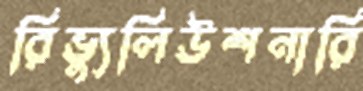
রিভ্যুলিউশনারি